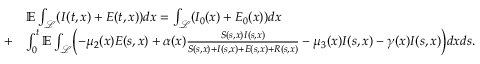
\begin{array} { r l } & { \mathbb { E } \int _ { \mathcal { L } } ( I ( t , x ) + E ( t , x ) ) d x = \int _ { \mathcal { L } } ( I _ { 0 } ( x ) + E _ { 0 } ( x ) ) d x } \\ { + } & { \int _ { 0 } ^ { t } \mathbb { E } \int _ { \mathcal { L } } \Bigl ( - \mu _ { 2 } ( x ) E ( s , x ) + \alpha ( x ) \frac { S ( s , x ) I ( s , x ) } { S ( s , x ) + I ( s , x ) + E ( s , x ) + R ( s , x ) } - \mu _ { 3 } ( x ) I ( s , x ) - \gamma ( x ) I ( s , x ) \Bigr ) d x d s . } \end{array}